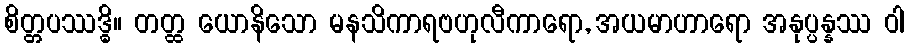
စိတ္တပဿဒ္ဓိ။ တတ္ထ ယောနိသော မနသိကာရဗဟုလီကာရော, အယမာဟာရော အနုပ္ပန္နဿ ဝါ